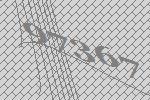
97367